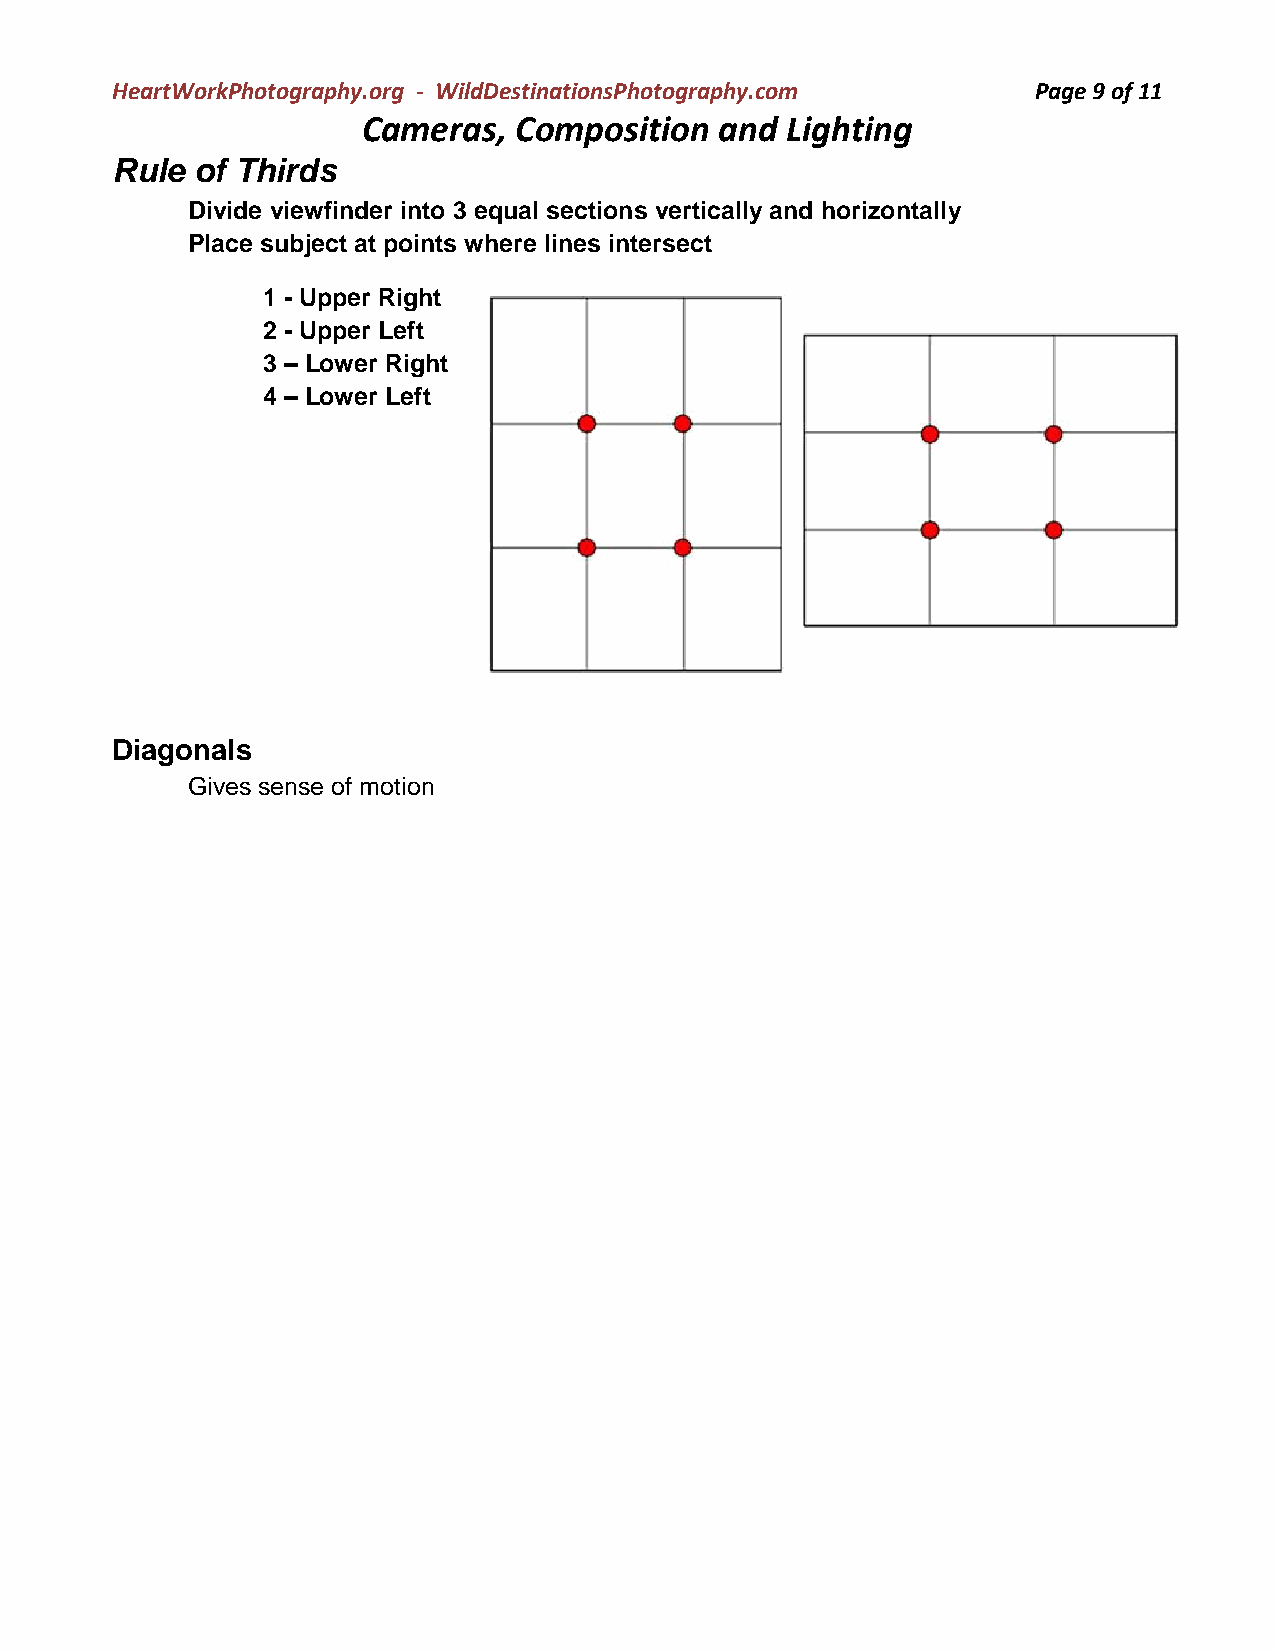
HeartWorkPhotography.org - WildDestinationsPhotography.com    Page 9 of 11
 Cameras,  Composition   and Lighting
 Rule  of Thirds
 Divide viewfinder into 3 equal sections vertically and horizontally
 Place subject at points where lines intersect
 1 - Upper Right
 2 - Upper Left
 3 – Lower Right
 4 – Lower Left
 Diagonals
 Gives sense of motion